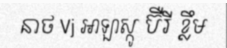
នាថ Vj អាឡាស្កូ ប៊ឺរី ខ្លឹម